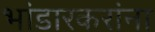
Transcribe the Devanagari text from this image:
भांडारकरांना